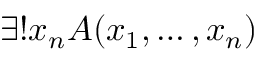
\exists ! x _ { n } A ( x _ { 1 } , \ldots , x _ { n } )